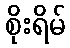
စိုးရိမ်